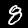
Digit: 8